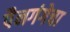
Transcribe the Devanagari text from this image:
पैनगंगेचा